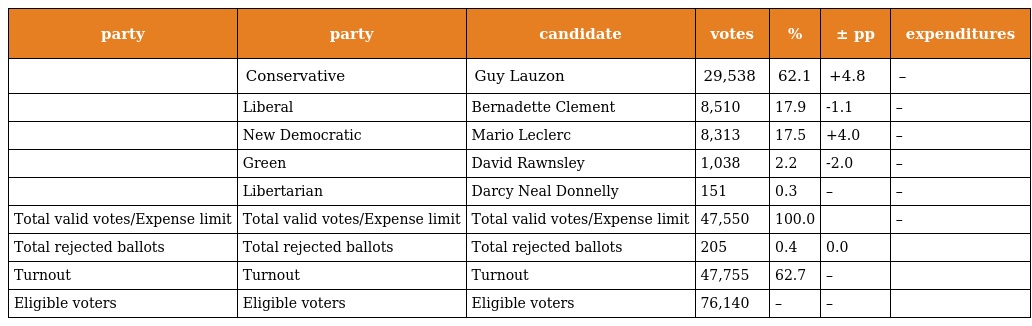
| party | party | candidate | votes | % | ± pp | expenditures |
 | --- | --- | --- | --- | --- | --- | --- |
 |  | Conservative | Guy Lauzon | 29,538 | 62.1 | +4.8 | – |
 |  | Liberal | Bernadette Clement | 8,510 | 17.9 | -1.1 | – |
 |  | New Democratic | Mario Leclerc | 8,313 | 17.5 | +4.0 | – |
 |  | Green | David Rawnsley | 1,038 | 2.2 | -2.0 | – |
 |  | Libertarian | Darcy Neal Donnelly | 151 | 0.3 | – | – |
 | Total valid votes/Expense limit | Total valid votes/Expense limit | Total valid votes/Expense limit | 47,550 | 100.0 |  | – |
 | Total rejected ballots | Total rejected ballots | Total rejected ballots | 205 | 0.4 | 0.0 |  |
 | Turnout | Turnout | Turnout | 47,755 | 62.7 | – |  |
 | Eligible voters | Eligible voters | Eligible voters | 76,140 | – | – |  |